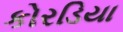
કોરડિયા